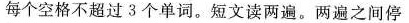
每个空格不超过3个单词.短文读两遍.两遍之间停